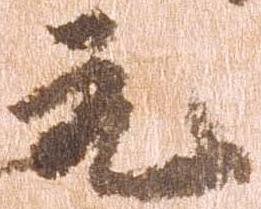
元